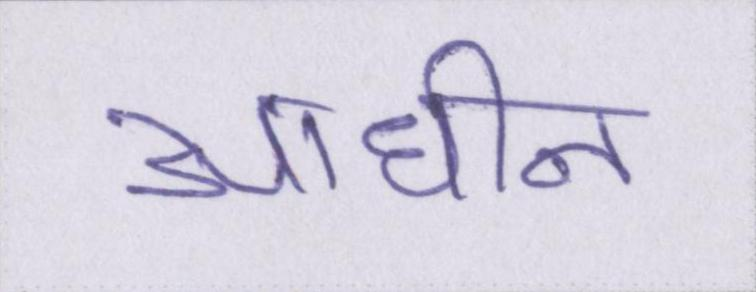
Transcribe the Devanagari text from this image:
आधीन